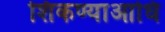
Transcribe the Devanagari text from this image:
शिकण्याआधि